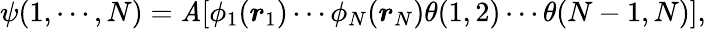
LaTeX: \psi(1,\cdots,N)={\cal\mathit{A}}[\phi_{1}(\boldsymbol{r}_{1})\cdots\phi_{N}(\boldsymbol{r}_{N})\theta(1,2)\cdots\theta(N-1,N)],